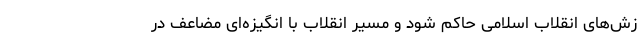
زش‌های انقلاب اسلامی حاکم شود و مسیر انقلاب با انگیزه‌ای مضاعف در